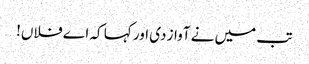
تب میں نے آواز دی اور کہا کہ اے فلاں!